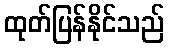
ထုတ်ပြန်နိုင်သည်